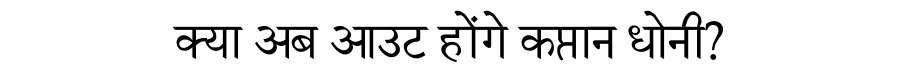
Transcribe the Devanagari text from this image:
क्या अब आउट होंगे कप्तान धोनी?